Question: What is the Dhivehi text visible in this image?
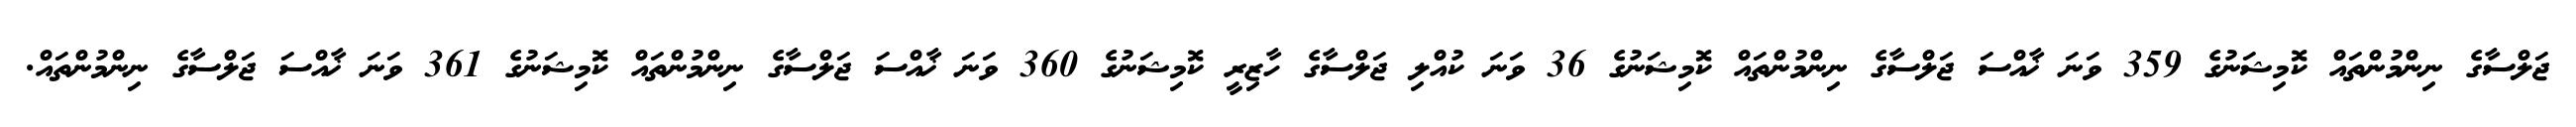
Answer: ޖަލްސާގެ ނިންމުންތައް ކޮމިޝަނުގެ 359 ވަނަ ޚާއްސަ ޖަލްސާގެ ނިންމުންތައް ކޮމިޝަނުގެ 36 ވަނަ ކުއްލި ޖަލްސާގެ ހާޒިރީ ކޮމިޝަނުގެ 360 ވަނަ ޚާއްސަ ޖަލްސާގެ ނިންމުންތައް ކޮމިޝަނުގެ 361 ވަނަ ޚާއްސަ ޖަލްސާގެ ނިންމުންތައް.